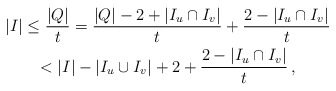
\begin{gather*}|I| \le \frac{|Q|}{t} = \frac{|Q| - 2 +|I_u \cap I_v|}{t} + \frac{2 - |I_u \cap I_v|}{t} \\< |I| - |I_u \cup I_v| + 2 + \frac{2 - |I_u \cap I_v|}{t} \,,\end{gather*}